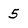
Character: 5